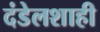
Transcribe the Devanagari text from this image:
दंडेलशाही